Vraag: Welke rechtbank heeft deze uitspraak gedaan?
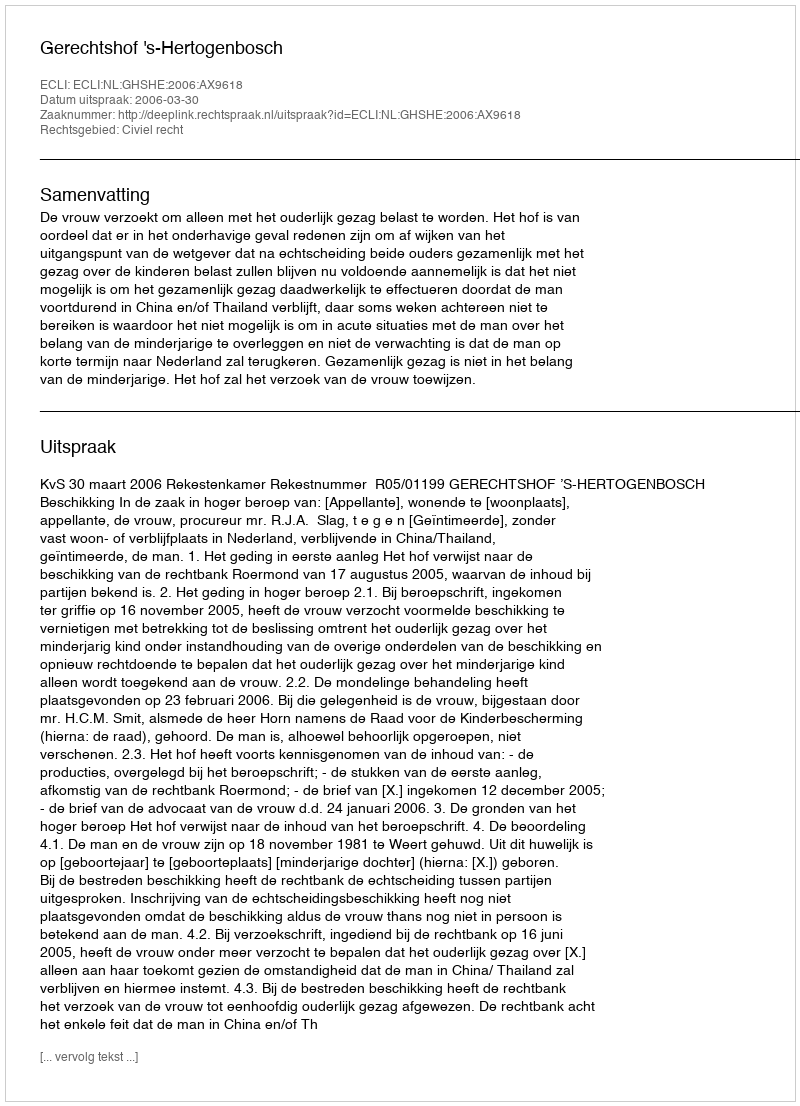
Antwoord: Gerechtshof 's-Hertogenbosch